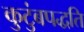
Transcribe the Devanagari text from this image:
कुटुंबपद्धति